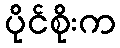
ပိုင်စိုးက